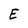
Character: E